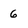
Character: 6